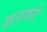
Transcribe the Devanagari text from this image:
कलाकोटे